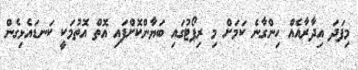
މިފަދަ އިދާރާއެއް ހިންގާނެ ކަމަށް މި ރިޕޯޓުގައި ބަޔާންކޮށްފައި އޮތް އޮތުމަކީ ކަނޑައެޅިގެން